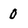
Character: 0